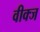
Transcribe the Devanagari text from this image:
वीक्ज